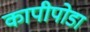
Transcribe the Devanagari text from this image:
कापीपोडा